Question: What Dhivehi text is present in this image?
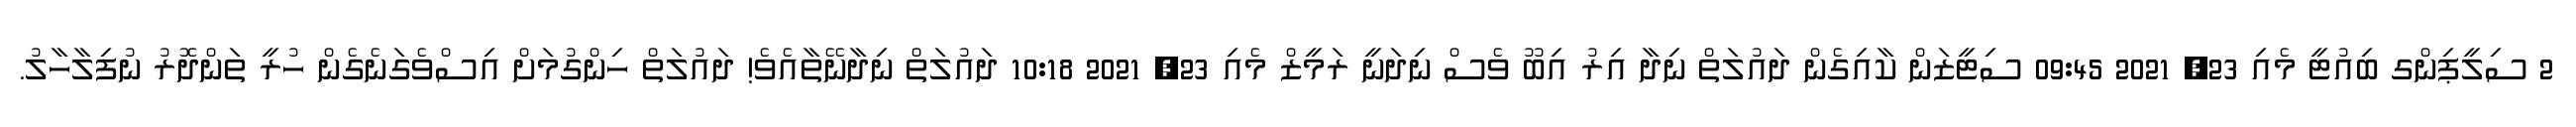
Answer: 2 ސިލީޕިންގ ބިއުޓީ މެއި 23, 2021 09:45 ސިޓީޒަން ކާއިގެން ދައުލަތް ނިދާ އިރު އިބޫ ވެސް ނިދަނީ ރަމީޒް މެއި 23, 2021 10:18 ދައުލަތް ނިދާނޭތާއެވެ! ދައުލަތް ހިންގުމަށް އިސްވެގަނެގެން ހުރީ ތަންދޮރު ނުފިލާހާލު.